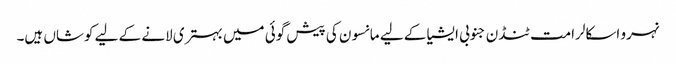
نہرو اسکالرامت ٹنڈن جنوبی ایشیا کے لیے مانسون کی پیش گوئی میں بہتری لانے کے لیے کوشاں ہیں۔